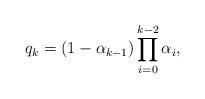
LaTeX: \begin{align*}q_k=(1-\alpha_{k-1})\prod_{i=0}^{k-2}\alpha_i,\end{align*}